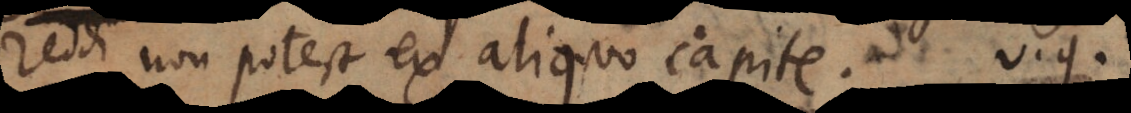
reddi non potest ex aliquo capite, v.g.